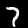
Digit: 7